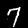
Label: 7